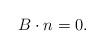
LaTeX: \begin{align*}B\cdot n=0.\end{align*}